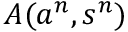
A ( a ^ { n } , s ^ { n } )